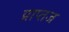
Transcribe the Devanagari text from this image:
प्राप्तज